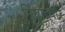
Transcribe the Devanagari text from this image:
निंबाच्या